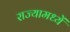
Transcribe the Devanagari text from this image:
राज्यामध्यें